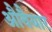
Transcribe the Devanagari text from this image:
औवैयार